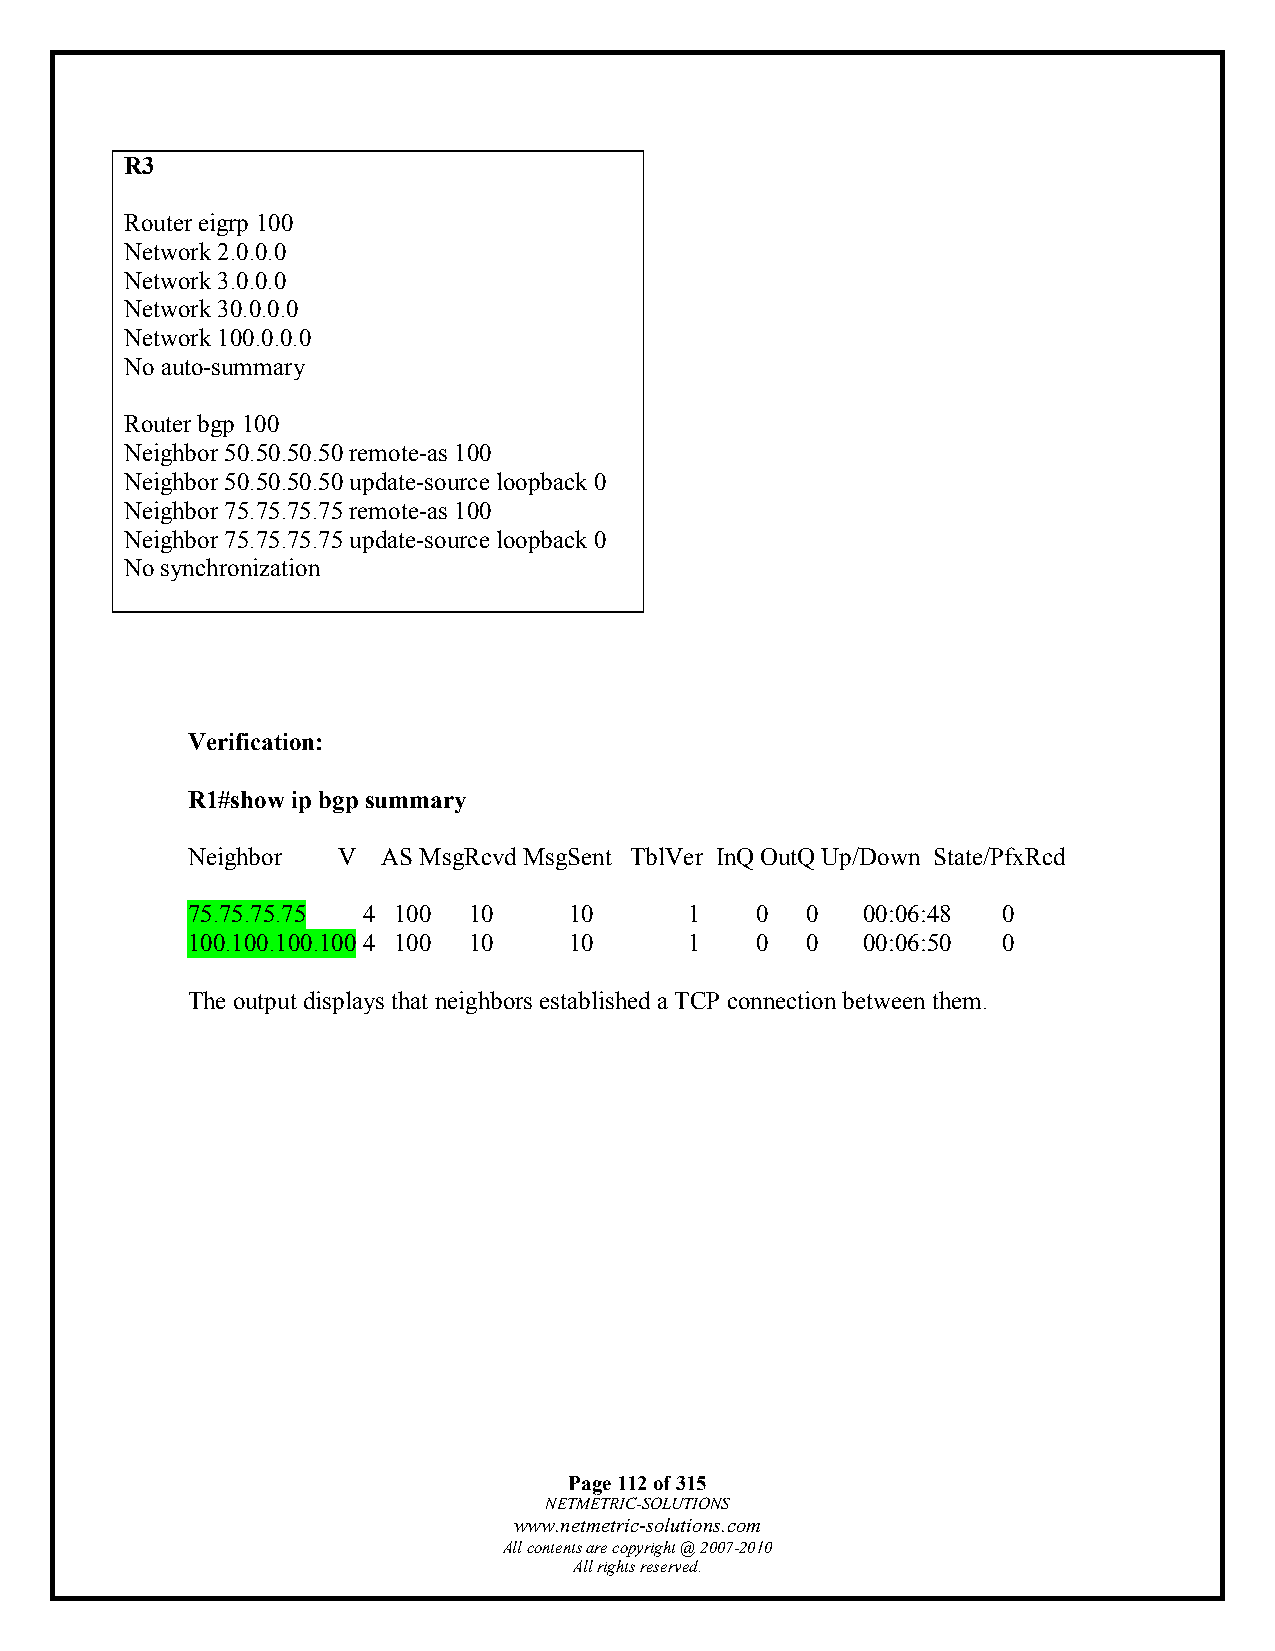
R3
 Router eigrp 100
 Network 2.0.0.0
 Network 3.0.0.0
 Network 30.0.0.0
 Network 100.0.0.0
 No auto-summary
 Router bgp 100
 Neighbor 50.50.50.50 remote-as 100
 Neighbor 50.50.50.50 update-source loopback 0
 Neighbor 75.75.75.75 remote-as 100
 Neighbor 75.75.75.75 update-source loopback 0
 No synchronization
 Verification:
 R1#show ip bgp summary
 Neighbor  V  AS MsgRcvd MsgSent TblVer InQ OutQ Up/Down State/PfxRcd
 75.75.75.75 4 100  10     10      1   0  0   00:06:48 0
 100.100.100.100 4 100 10  10      1   0  0   00:06:50 0
 The output displays that neighbors established a TCP connection between them.
 Page 112 of 315
 NETMETRIC-SOLUTIONS
 www.netmetric-solutions.com
 All contents are copyright @ 2007-2010
 All rights reserved.